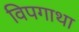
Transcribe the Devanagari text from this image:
विपगाथा